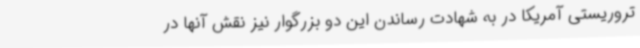
تروریستی آمریکا در به شهادت رساندن این دو بزرگوار نیز نقش آنها در